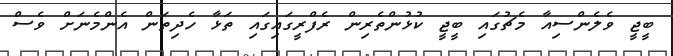
ބީޖީ ވެލެންސިއާ މެޗުގައި ބީޖީ ކުޅުންތެރިން ރެފްރީގައިގައި ތަޅާ ހެދިތަން އެންމެނަށް ވެސް